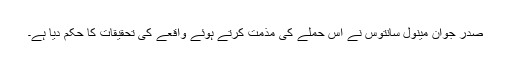
صدر جوآن مینول سانتوس نے اس حملے کی مذمت کرتے ہوئے واقعے کی تحقیقات کا حکم دیا ہے۔